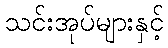
သင်းအုပ်များနှင့်